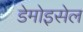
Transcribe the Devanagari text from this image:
डेमोइसेल